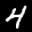
Label: 4